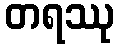
တရဿု